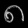
Digit: ၈